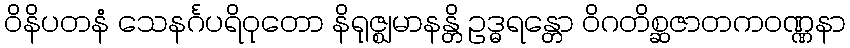
ဝိနိပတနံ သေနင်္ဂပရိဝုတော နိရုဇ္ဈမာနန္တိ ဥဒ္ဓရန္တော ဝိဂတိစ္ဆဇာတကဝဏ္ဏနာ